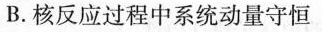
B.核反应过程中系统动量守恒